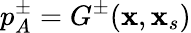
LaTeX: p_{A}^{\pm}=G^{\pm}(\textbf{x},\textbf{x}_{s})